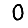
Digit: 0